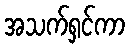
အသက်ရှင်ကာ